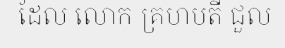
ដែល លោក គ្រហបតី ជួល